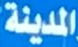
المدينة